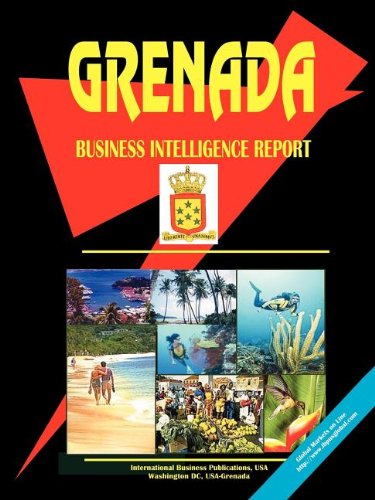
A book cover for United Kingdom Universities & Colleges Handbook; Ibp Usa; Travel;